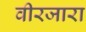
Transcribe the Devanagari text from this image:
वीरजारा